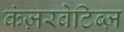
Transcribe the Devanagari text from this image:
कंज़रवेटिब्ज़